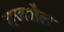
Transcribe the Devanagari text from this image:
गजशैल